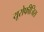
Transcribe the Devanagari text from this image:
यूरोफीजिस